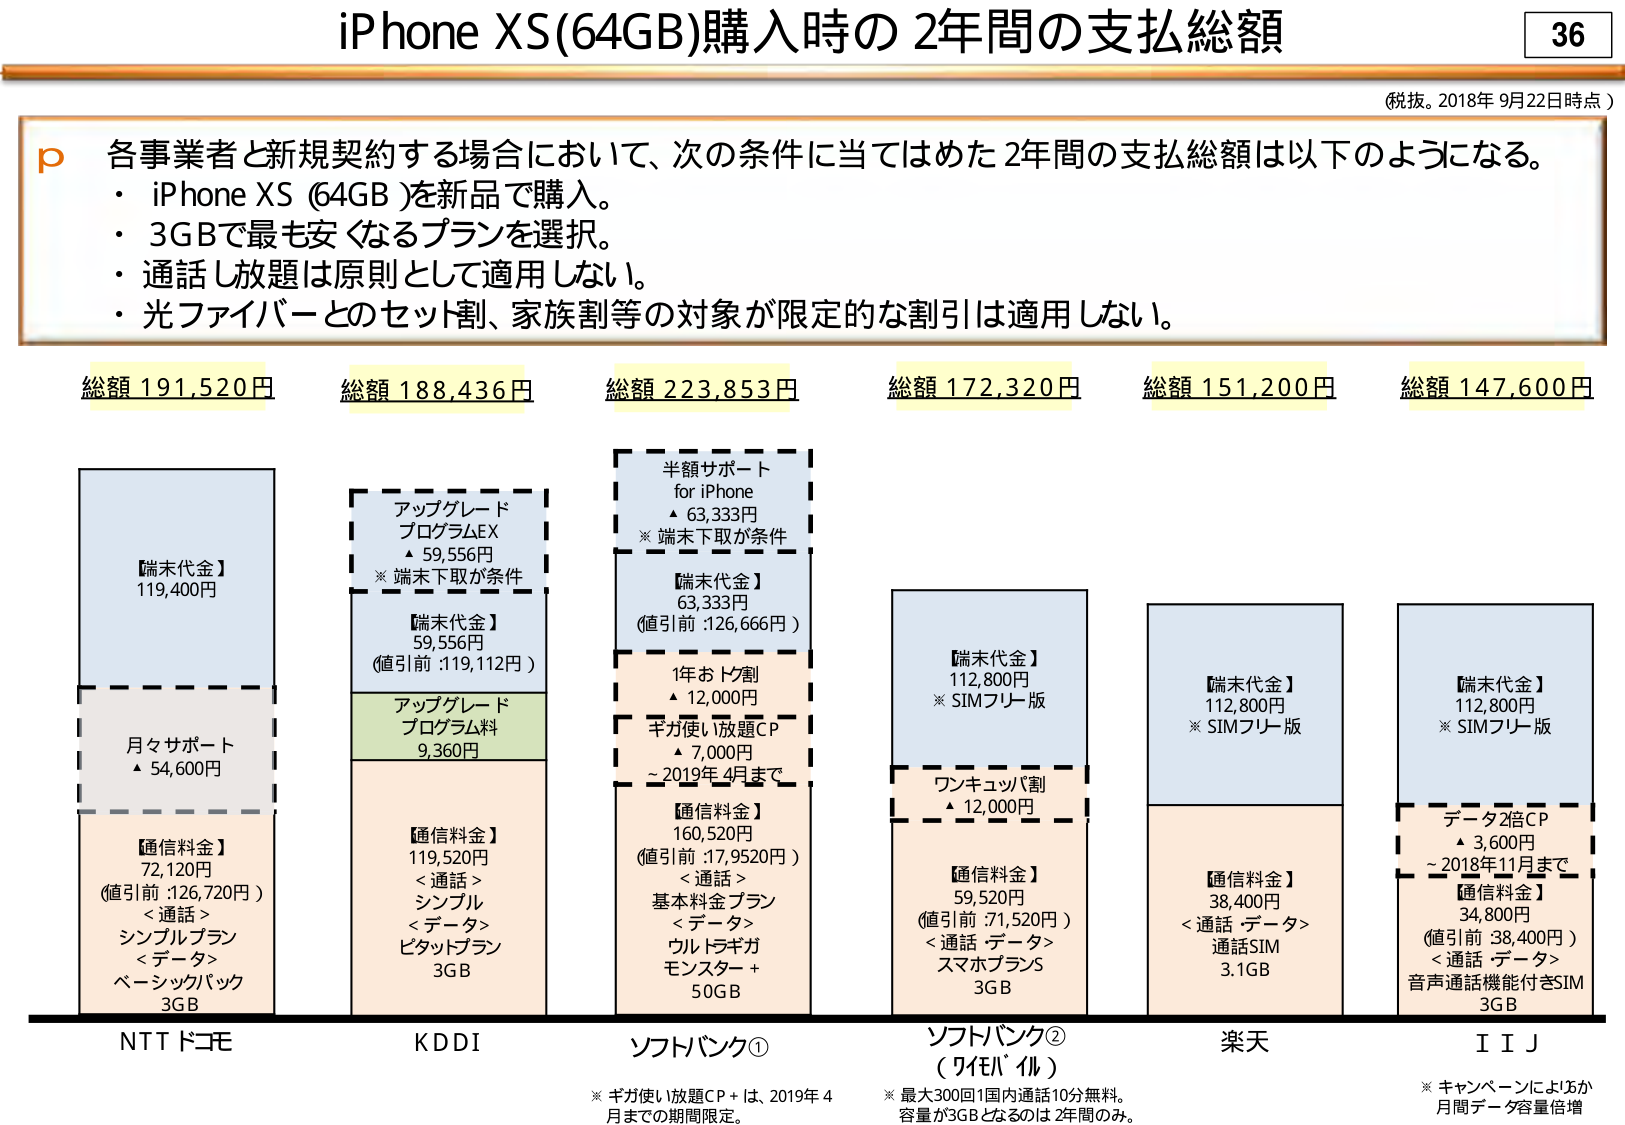
iPhone XS(64GB)購入時の2年間の支払総額

36

（税抜。2018年9月22日時点）

p 各事業者と新規契約する場合において、次の条件に当てはめた2年間の支払総額は以下のようになる。
・ iPhone XS (64GB)を新品で購入。
・ 3GBで最も安くなるプランを選択。
・ 通話1放題は原則として適用しない。
・ 光ファイバーとのセット割、家族割等の対象が限定的な割引は適用しない。

総額 191,520円
【端末代金】
119,400円
月々サポート
▲ 54,600円
【通信料金】
72,120円
（値引前：126,720円）
＜通話＞
シンプルプラン
＜データ＞
ベーシックパック
3GB

NTTドコモ

総額 188,436円
アップグレード
プログラムEX
▲ 59,556円
※端末下取が条件
【端末代金】
59,556円
（値引前：119,112円）
アップグレード
プログラム料
9,360円
【通信料金】
119,520円
＜通話＞
シンプル
＜データ＞
ビタットプラン
3GB

KDDI

総額 223,853円
半額サポート
for iPhone
▲ 63,333円
※端末下取が条件
【端末代金】
63,333円
（値引前：126,666円）
1年おトク割
▲ 12,000円
ギガ使い放題CP
▲ 7,000円
～2019年4月まで
【通信料金】
160,520円
（値引前：17,9520円）
＜通話＞
基本料金プラン
＜データ＞
ウルトラギガ
モンスター＋
50GB

ソフトバンク①

総額 172,320円
【端末代金】
112,800円
※SIMフリー版
ワンキュッパ割
▲ 12,000円
【通信料金】
59,520円
（値引前：71,520円）
＜通話・データ＞
スマホプランS
3GB

ソフトバンク②
（ワイモバイル）

総額 151,200円
【端末代金】
112,800円
※SIMフリー版
【通信料金】
38,400円
＜通話・データ＞
通話SIM
3.1GB

楽天

総額 147,600円
【端末代金】
112,800円
※SIMフリー版
データ2倍CP
▲ 3,600円
～2018年11月まで
【通信料金】
34,800円
（値引前：38,400円）
＜通話・データ＞
音声通話機能付きSIM
3GB

IIJ

※ギガ使い放題CP＋は、2019年4月までの期間限定。
※最大300回1国内通話10分無料。容量が3GBとなるのは2年間のみ。
※キャンペーンによりか月間データ容量倍増